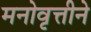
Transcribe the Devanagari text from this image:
मनोवृत्तीने